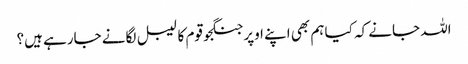
اللہ جانے کہ کیا ہم بھی اپنے اوپر جنگجو قوم کا لیبل لگانے جارہے ہیں؟